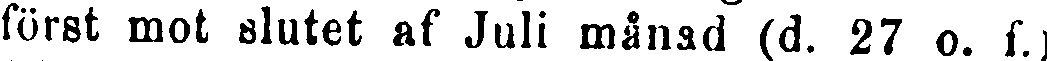
först mot slutet af Juli månad (d. 27 o. f.)